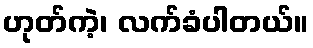
ဟုတ်ကဲ့၊ လက်ခံပါတယ်။